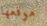
موقعها